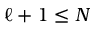
\ell + 1 \leq N